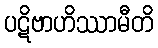
ပဋိဗာဟိဿာမီတိ